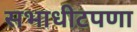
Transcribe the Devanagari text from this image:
सभाधीटपणा